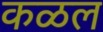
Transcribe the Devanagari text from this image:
कळल